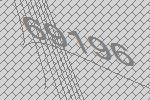
69196